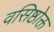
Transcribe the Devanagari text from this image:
वसिष्ठोक्त